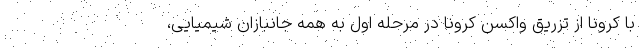
با کرونا از تزریق واکسن کرونا در مرحله اول به همه جانبازان شیمیایی،